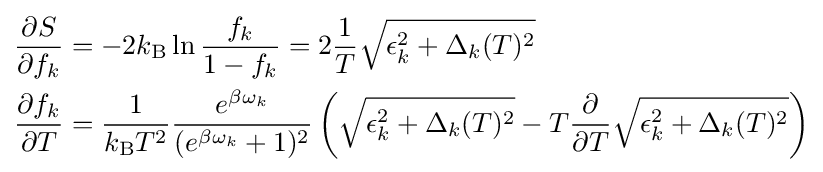
{\begin{aligned}{\frac {\partial S}{\partial f_{k}}}&=-2k_{\rm {B}}\ln {\frac {f_{k}}{1-f_{k}}}=2{\frac {1}{T}}{\sqrt {\epsilon _{k}^{2}+\Delta _{k}(T)^{2}}}\\{\frac {\partial f_{k}}{\partial T}}&={\frac {1}{k_{\rm {B}}T^{2}}}{\frac {e^{\beta \omega _{k}}}{(e^{\beta \omega _{k}}+1)^{2}}}\left({\sqrt {\epsilon _{k}^{2}+\Delta _{k}(T)^{2}}}-T{\frac {\partial }{\partial T}}{\sqrt {\epsilon _{k}^{2}+\Delta _{k}(T)^{2}}}\right)\end{aligned}}